Civil Veterinary Department. Madras. Admin. report 1910-25 - 1910-1925
Year: 1910
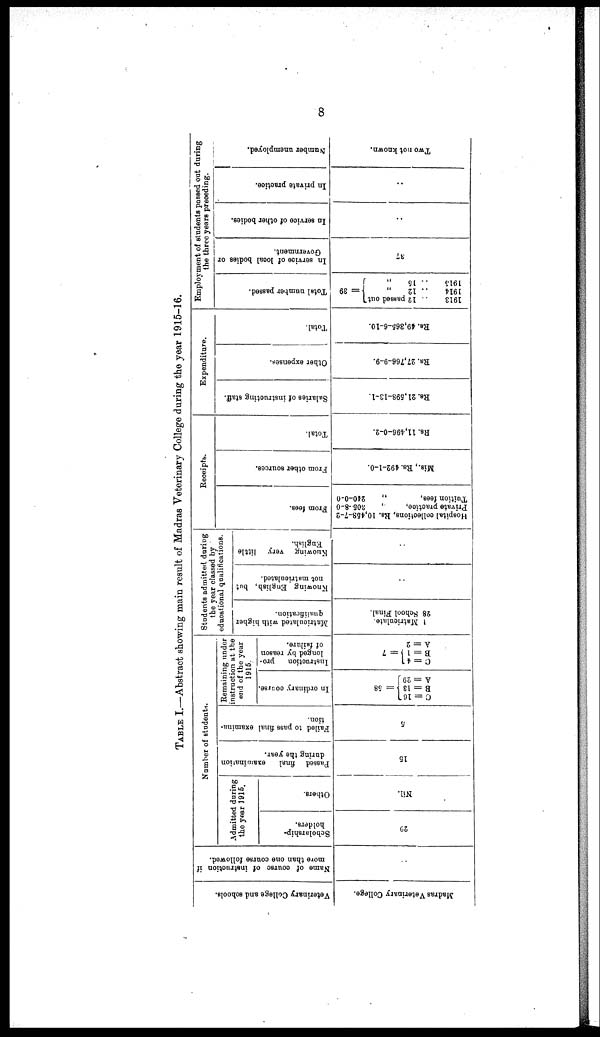
8
TABLE I.—Abstract showing main result of Madras Veterinary College during the year 1915-16.
Veterinary College and schools.
Madras Veterinary College.
Name of course of instruction if
more than one course followed.
..
Number of students.
Admitted during
the year 1916.
Scholarship-
holders.
29
Others.
Nil.
Passed final examination
during the year.
15
Failed to pass final examina-
tion.
5
Remaining under
instruction at the
end of the year
1915.
In ordinary course.
= 58
C = 16
B = 13
A = 29
Instruction
pro-
longed by reason
of failure.
= 7
C = 4
B = 1
A = 2
Students admitted during
the year classed by
educational qualifications.
Matriculated
with higher
qualification.
1 Matriculate.
28 School Final.
Knowing English, but
not matriculated.
..
Knowing very little
English.
..
Receipts.
From fees.
Hospital collections, Rs. 10,458-7-2
Private practice,
„
305-8-0
Tuition fees,
„
240-0-0
From other sources.
Mis., Rs. 492-1-0.
Total.
Rs. 11,496-0-2.
Expenditure.
Salaries of instructing staff.
Rs. 21,598-13-1.
Other expenses.
Rs. 27,766-9-9.
Total.
Rs. 49,365-6-10.
Employment of students passed out during
the three years preceding.
Total number passed.
= 39
1913 .. 12 passed out
1914 .. 12
„
1915 .. 15
„
In service of local
bodies or
Government.
37
In service of other bodies.
..
In private practice.
..
Number unemployed.
Two not known.